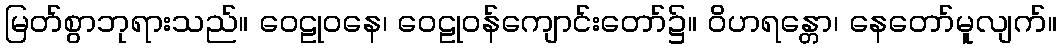
မြတ်စွာဘုရားသည်။ ဝေဠုဝနေ၊ ဝေဠုဝန်ကျောင်းတော်၌။ ဝိဟရန္တော၊ နေတော်မူလျက်။